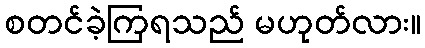
စတင်ခဲ့ကြရသည် မဟုတ်လား။